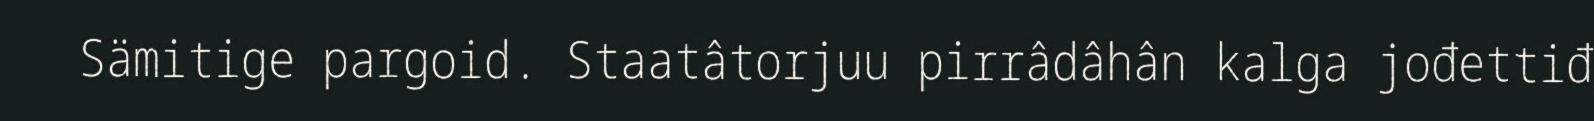
Sämitige pargoid. Staatâtorjuu pirrâdâhân kalga jođettiđ